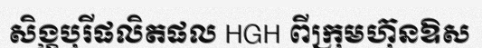
សិង្ហបុរីផលិតផល HGH ពីក្រុមហ៊ុនឱស